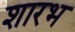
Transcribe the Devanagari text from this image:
शारभ